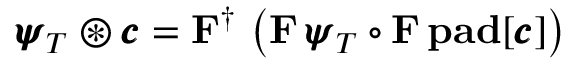
{ \pmb { \psi } } _ { T } \circledast { \pmb { c } } = { \bf F } ^ { \dagger } \, \left( { \bf F } \, { \pmb { \psi } } _ { T } \circ { \bf F } \, \mathrm { \bf p a d } [ { \pmb { c } } ] \right)